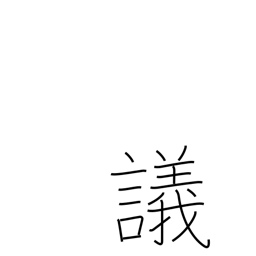
Meaning: debate